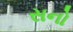
સનો